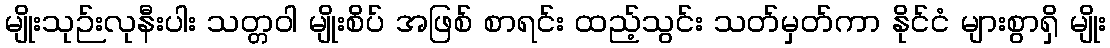
မျိုးသုဉ်းလုနီးပါး သတ္တဝါ မျိုးစိပ် အဖြစ် စာရင်း ထည့်သွင်း သတ်မှတ်ကာ နိုင်ငံ များစွာရှိ မျိုး